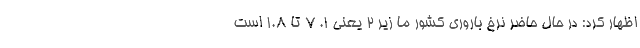
اظهار کرد: در حال حاضر نرخ باروری کشور ما زیر ۲ یعنی ۱. ۷ تا ۱.۸ است